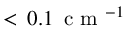
< \, 0 . 1 \, \mathrm { ~ c ~ m ~ } ^ { - 1 }